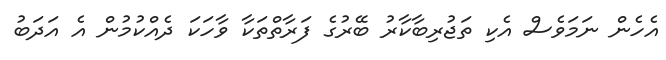
އެހެން ނަމަވެސް އެކި ތަޖުރިބާކާރު ބޭރުގެ ފަރާތްތަކާ ވާހަކަ ދެއްކުމުން އެ އަދަބު